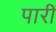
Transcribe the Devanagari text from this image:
पारीं